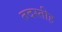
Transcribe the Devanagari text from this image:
तदस्तीह